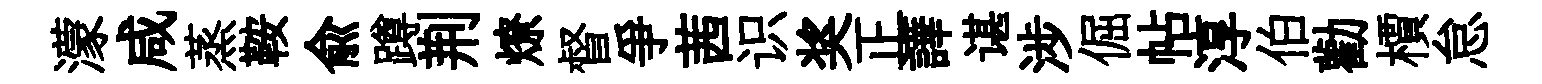
濛咸蒸鞍俞蹲荆燎督爭茜识奖正譁谌涉倔帖淳伯勸檟怠